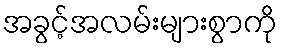
အခွင့်အလမ်းများစွာကို